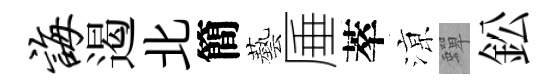
诲遏北簡藝厜萃鿌蟬鈆